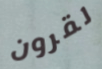
لقرون